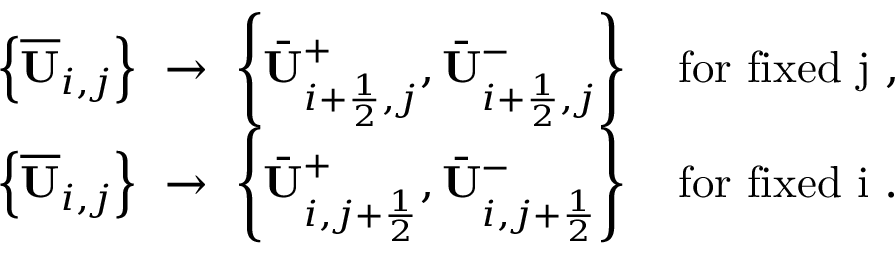
\begin{array} { r l } & { \left\{ \overline { { \mathbf { U } } } _ { i , j } \right\} ~ \to ~ \left\{ \bar { \mathbf { U } } _ { i + \frac 1 2 , j } ^ { + } , \bar { \mathbf { U } } _ { i + \frac 1 2 , j } ^ { - } \right\} \quad \mathrm { f o r ~ f i x e d ~ j ~ } , } \\ & { \left\{ \overline { { \mathbf { U } } } _ { i , j } \right\} ~ \to ~ \left\{ \bar { \mathbf { U } } _ { i , j + \frac 1 2 } ^ { + } , \bar { \mathbf { U } } _ { i , j + \frac 1 2 } ^ { - } \right\} \quad \mathrm { f o r ~ f i x e d ~ i ~ } . } \end{array}